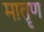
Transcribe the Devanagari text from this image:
मातॄण